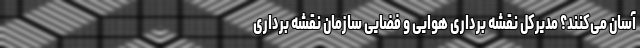
آسان می‌کنند؟ مدیرکل نقشه برداری هوایی و فضایی سازمان نقشه برداری